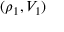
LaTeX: ( \rho _ { 1 } , V _ { 1 } )